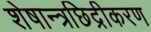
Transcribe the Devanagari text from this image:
शेषान्त्रछिद्रीकरण